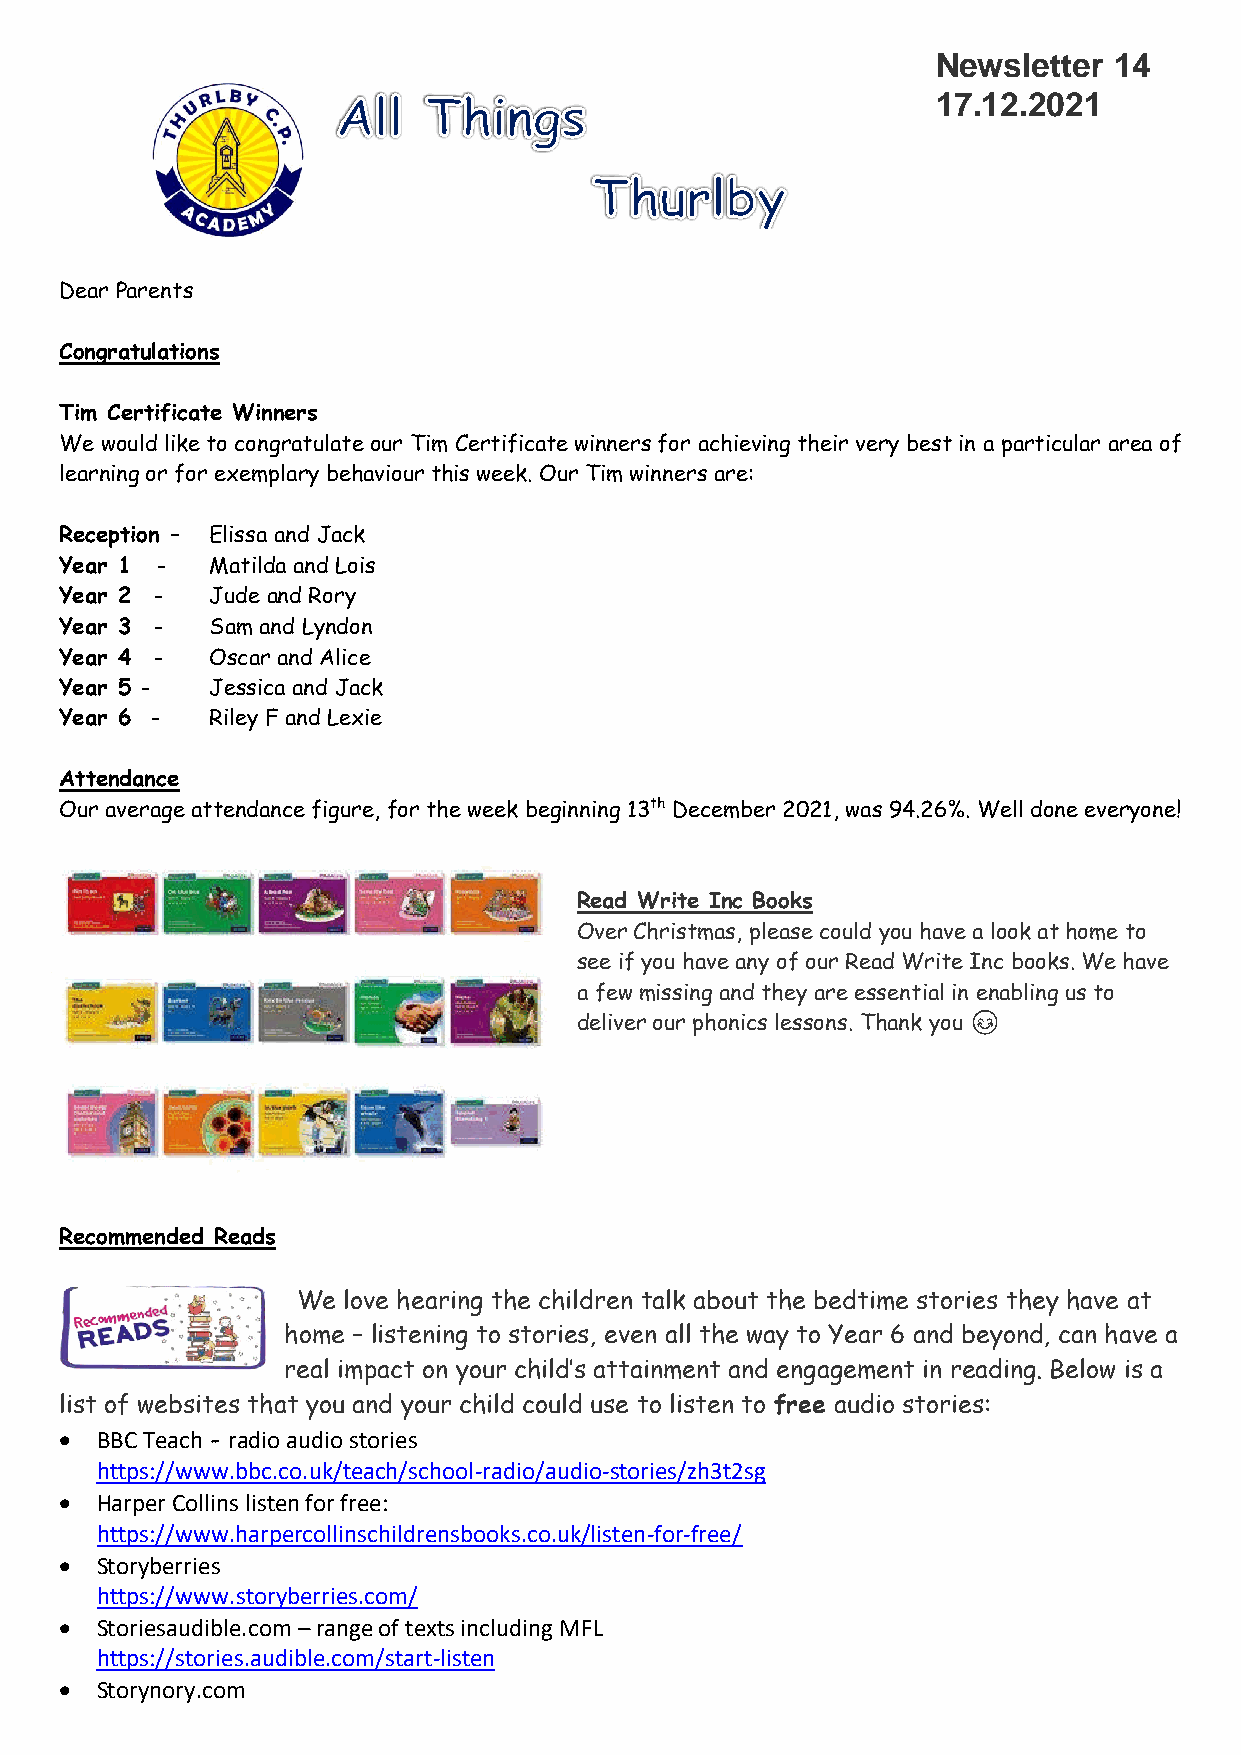
Newsletter  14
 17.12.2021
 Dear Parents
 Congratulations
 Tim Certificate Winners
 We would like to congratulate our Tim Certificate winners for achieving their very best in a particular area of
 learning or for exemplary behaviour this week. Our Tim winners are:
 Reception – Elissa and Jack
 Year 1 -  Matilda and Lois
 Year 2 -  Jude and Rory
 Year 3 -  Sam and Lyndon
 Year 4 -  Oscar and Alice
 Year 5 -  Jessica and Jack
 Year 6 -  Riley F and Lexie
 Attendance
 Our average attendance figure, for the week beginning 13th December 2021, was 94.26%. Well done everyone!
 Read Write Inc Books
 Over Christmas, please could you have a look at home to
 see if you have any of our Read Write Inc books. We have
 a few missing and they are essential in enabling us to
 deliver our phonics lessons. Thank you 😊
 Recommended Reads
 We love hearing the children talk about the bedtime stories they have at
 home – listening to stories, even all the way to Year 6 and beyond, can have a
 real impact on your child’s attainment and engagement in reading. Below is a
 list of websites that you and your child could use to listen to free audio stories:
 • BBC Teach - radio audio stories
 https://www.bbc.co.uk/teach/school-radio/audio-stories/zh3t2sg
 • Harper Collins listen for free:
 https://www.harpercollinschildrensbooks.co.uk/listen-for-free/
 • Storyberries
 https://www.storyberries.com/
 • Storiesaudible.com – range of texts including MFL
 https://stories.audible.com/start-listen
 • Storynory.com